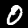
Digit: 0